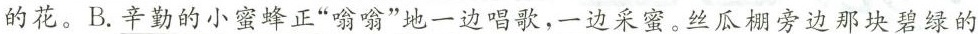
的花。B.\underline{辛勤的小蜜蜂正”嗡嗡”地一边唱歌，一边采蜜。}丝瓜棚旁边那块碧绿的